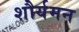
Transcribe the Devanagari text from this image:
शौर्यमन